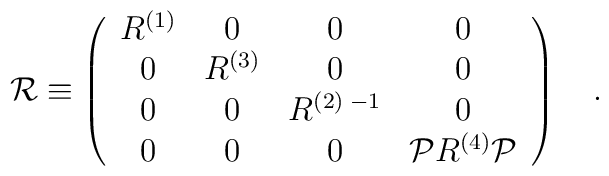
{\cal R} \equiv \left( \begin{array}{cccc}                      R^{(1)} & 0 & 0 & 0 \\                      0 & R^{(3)}& 0&0 \\                      0&0& R^{(2)\; -1}&0 \\                      0&0&0& {\cal P}R^{(4)}{\cal P}                  \end{array} \right) \quad . \qquad